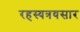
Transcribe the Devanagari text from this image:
रहस्यत्रयसार